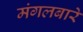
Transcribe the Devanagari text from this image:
मंगलबारे